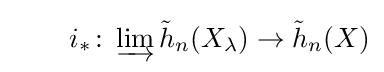
\qquad i_{*}\colon \varinjlim {\tilde {h}}_{n}(X_{\lambda })\to {\tilde {h}}_{n}(X)